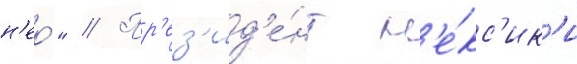
н'ео́" // Пр'ез'ид'е́нт м'е́кс'ик'и